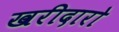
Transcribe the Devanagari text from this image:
खरीदारो